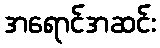
အရောင်အဆင်း